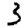
Digit: 3